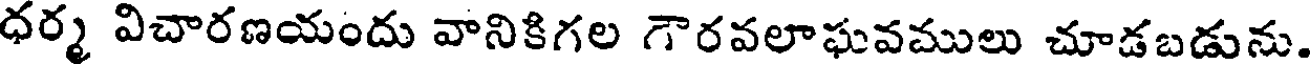
ధర్మ విచారణయందు వానికిగల గౌరవలాఘవములు చూడబడును.